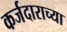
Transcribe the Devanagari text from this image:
कर्जदाराच्या